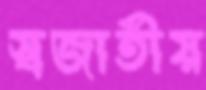
স্বজাতীয়